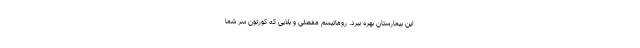
این بیمارستان بهره ببرد. روماتیسم مفصلی و بلایی که کورتون سر شما